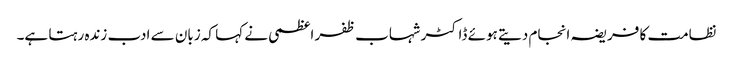
نظامت کا فریضہ انجام دیتے ہوئے ڈاکٹر شہاب ظفر اعظمی نے کہا کہ زبان سے ادب زندہ رہتا ہے۔